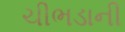
ચીભડાની